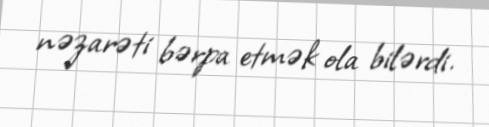
nəzarəti bərpa etmək ola bilərdi.